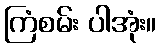
ကြံစမ်း ပါအုံး။